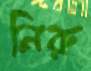
নিরু